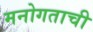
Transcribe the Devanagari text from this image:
मनोगताची